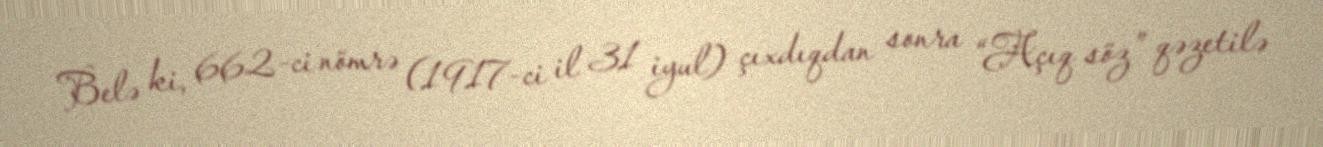
Belə ki, 662-ci nömrə (1917-ci il 31 iyul) çıxdıqdan sonra “Açıq söz” qəzetilə